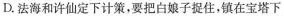
D.法海和许仙定下计策，要把白娘子捉住，镇在宝塔下